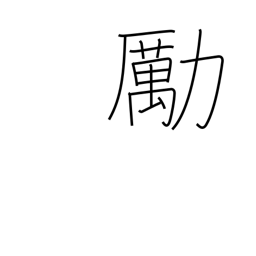
Meaning: encourage